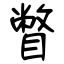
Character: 瞥